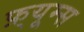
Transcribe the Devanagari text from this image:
फ़्यूम्स